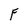
Character: F